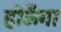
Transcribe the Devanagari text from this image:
होऊँगा